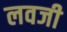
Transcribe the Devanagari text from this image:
लवजी